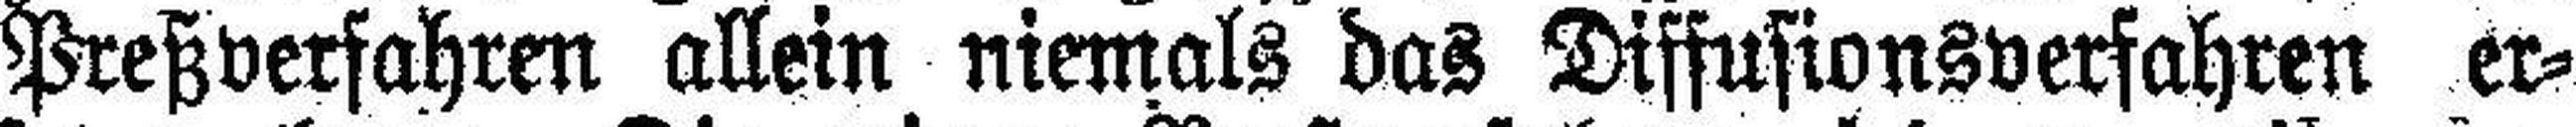
Preßverfahren allein niemals das Diffusionsverfahren er¬